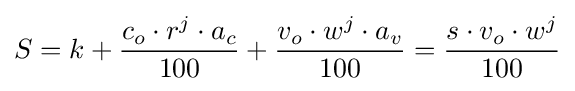
S=k+{c_{o}\cdot r^{j}\cdot a_{c} \over 100}+{v_{o}\cdot w^{j}\cdot a_{v} \over 100}={s\cdot v_{o}\cdot w^{j} \over 100}